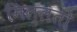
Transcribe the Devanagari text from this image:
मिल्लतों